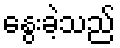
နွေးခဲ့သည်